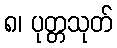
၈၊ ပုတ္တသုတ်